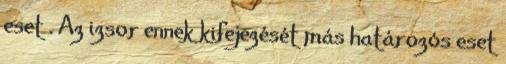
eset . Az izsor ennek kifejezését más határozós eset